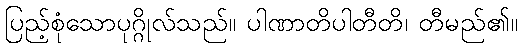
ပြည့်စုံသောပုဂ္ဂိုလ်သည်။ ပါဏာတိပါတီတိ၊ တီမည်၏။